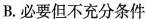
B.必要但不充分条件